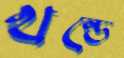
খন্ডে